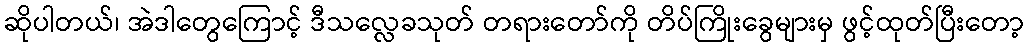
ဆိုပါတယ်၊ အဲဒါတွေကြောင့် ဒီသလ္လေခသုတ် တရားတော်ကို တိပ်ကြိုးခွေများမှ ဖွင့်ထုတ်ပြီးတော့